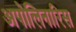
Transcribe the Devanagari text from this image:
अपोलिनारिस